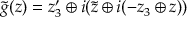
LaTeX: \tilde { g } ( z ) = z _ { 3 } ^ { \prime } \oplus i ( \tilde { z } \oplus i ( - z _ { 3 } \oplus z ) )